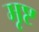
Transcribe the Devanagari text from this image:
मृष्ट